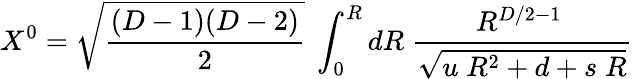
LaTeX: X^{0}=\sqrt{\frac{(D-1)(D-2)}{2}}~\int_{0}^{R}dR\; {\frac{{R^{D/2-1}}~}{\sqrt{u\; R^{2}+d+s\; R}}}